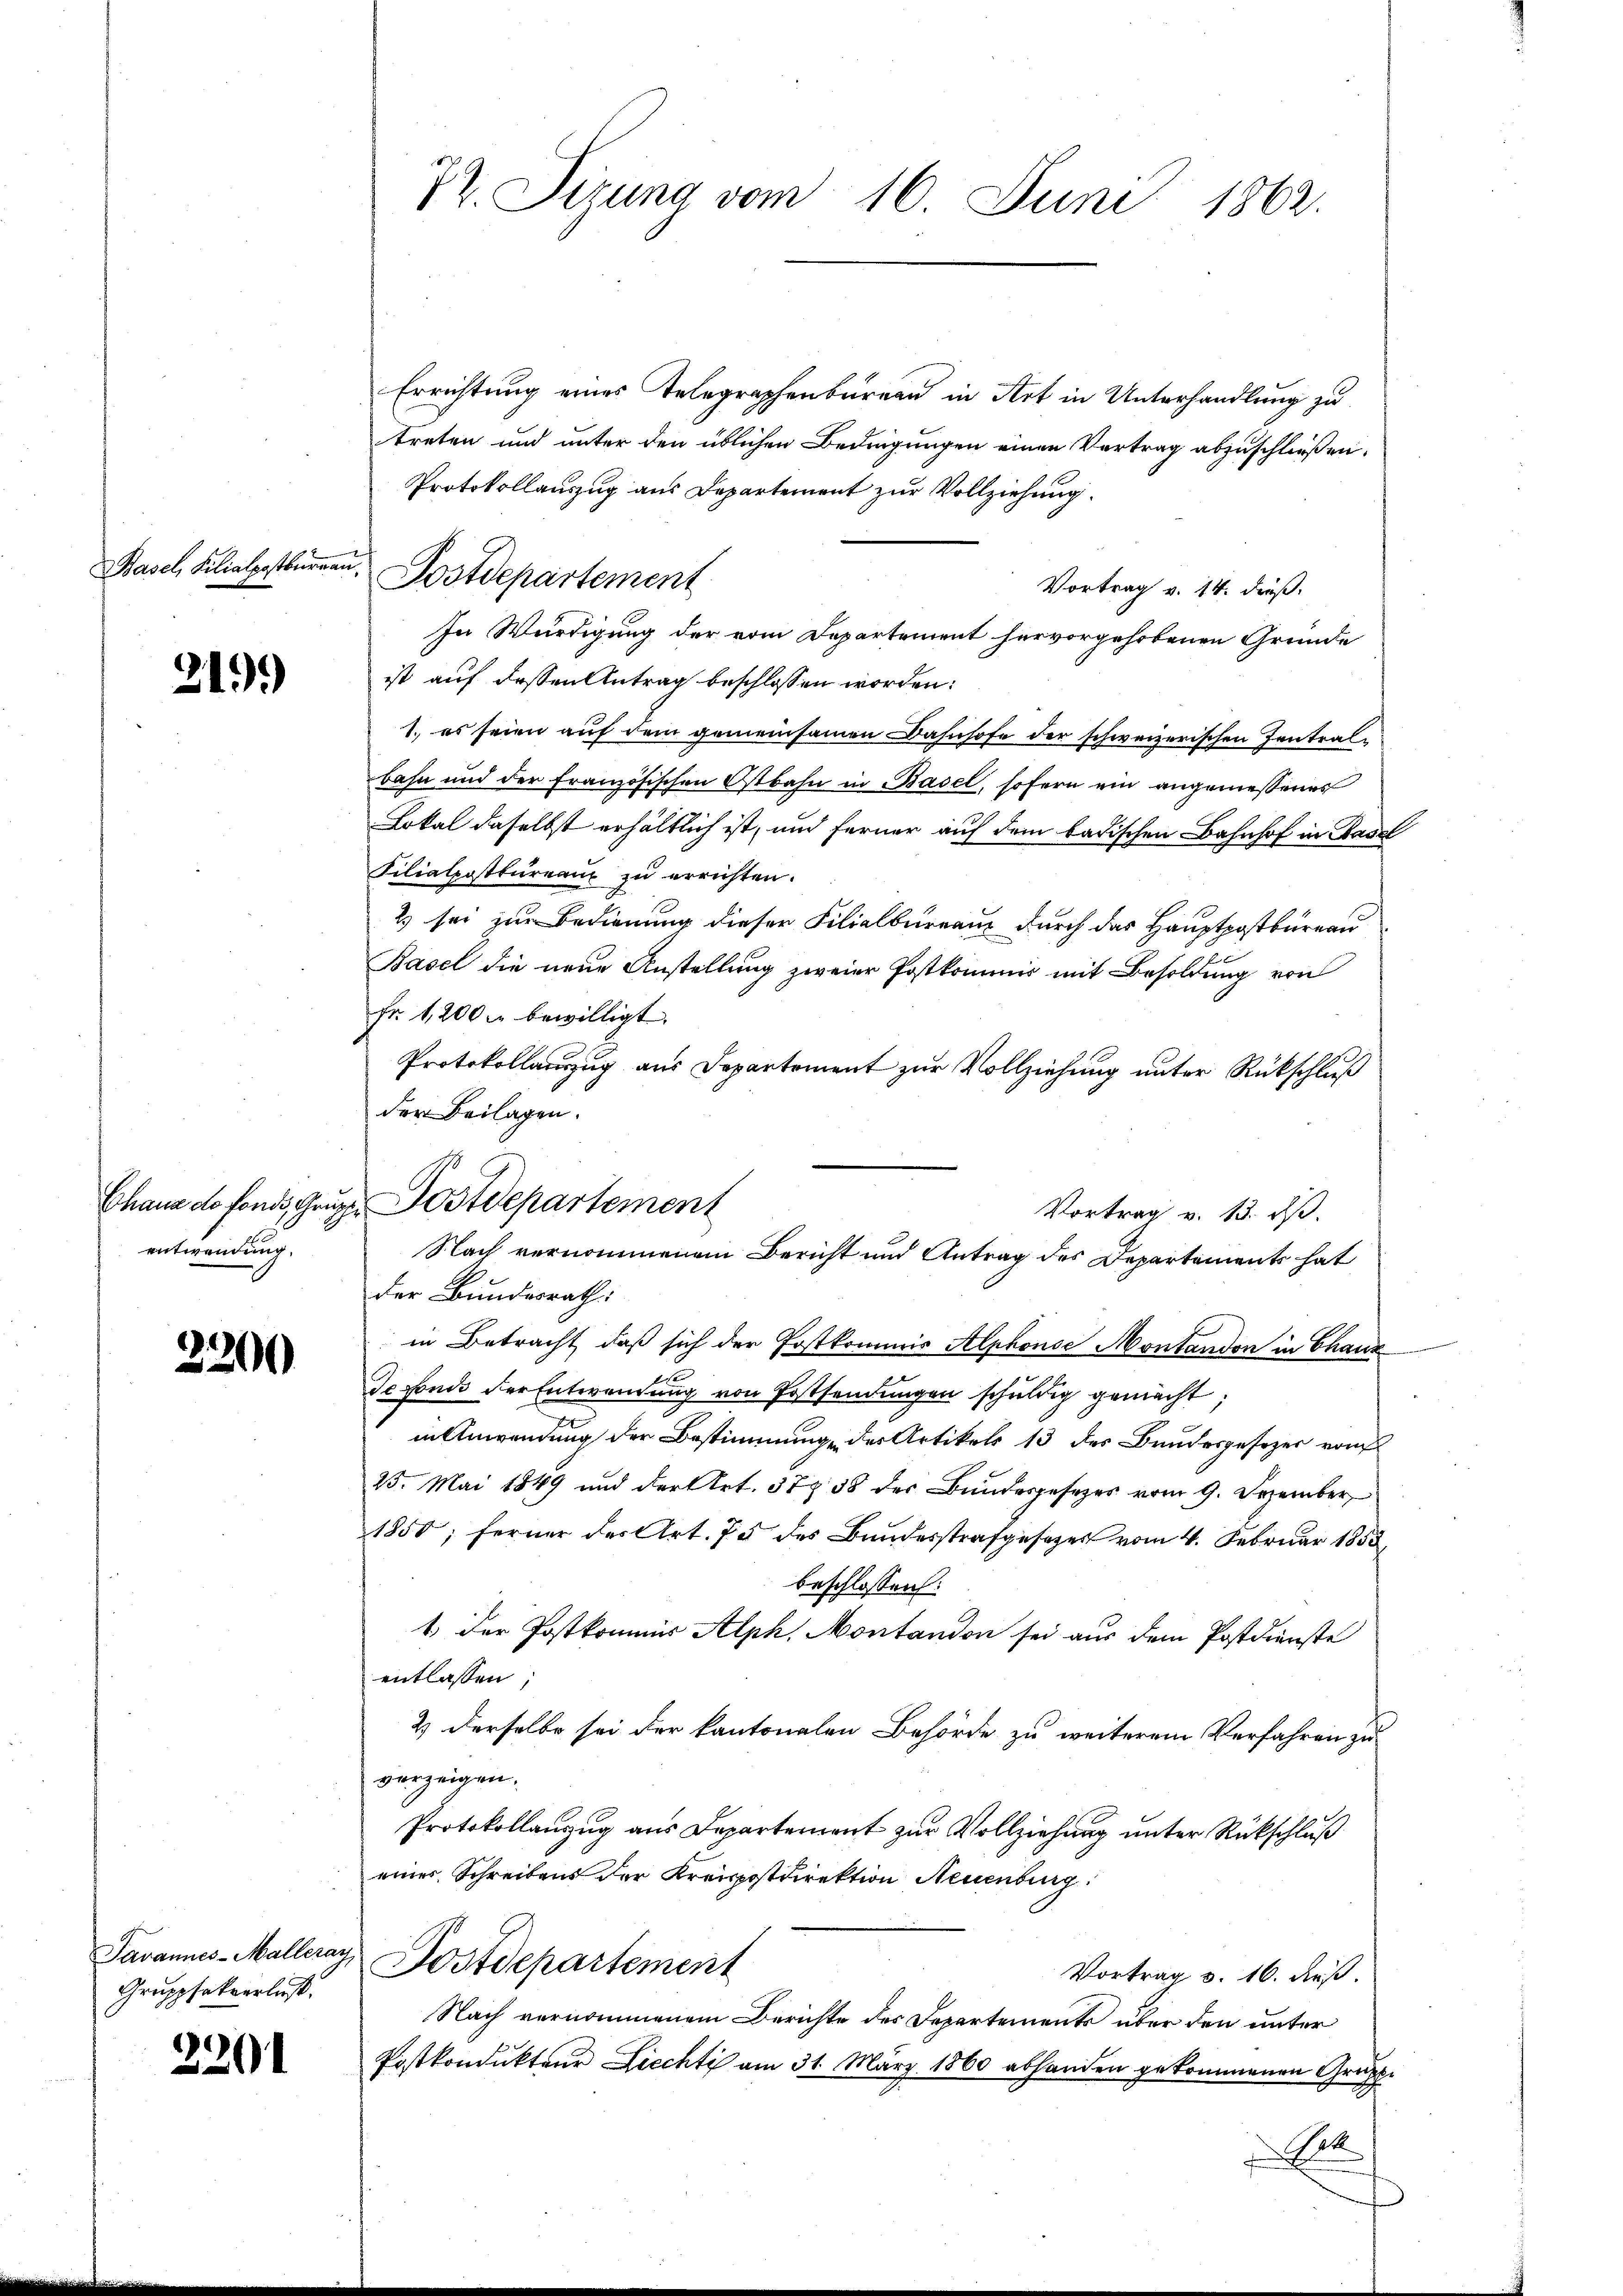
Havel, Kuratgestennen.

219.)

Chaus de fonds, Grup
entwendung.

3200

Javannes-Malleray,
Gruppfakverlust.

2201

Postdepartement

Dr. Sizung vom 16. Juni 1862.

Errichtung eines Telegraphenbureau in Art in Unterhandlung zu
treten und unter den üblichen Bedingungen einen Vertrag abzuschließen.
Protokollauszug aus Departement zur Vollziehung.
Vortrag v. 14. dieß.
In Würdigung der vom Departement hervorgehobenen Gründe
ist auf dessen Antrag beschlossen worden:
1. es seien auf dem gemeinsamen Bahnhofe der schweizerischen Zentralbahn und der französischen Ostbahn in Basel, sofern ein angemessenes
Lokal daselbst erhältlich ist, und ferner auf dem badischen Bahnhof in Basel
Filialpostbureau zu errichten.
2 sei zur Bedienung dieser Filialbureauz durch das Hauptpostbureau
Basel die neue Anstellung zweier Postkommis mit Besoldung von
Fr. 1,200 f bewilligt.
Protokollauzug aus Departement zur Vollziehung unter Rückschluß
der Beilagen.
der Bundesrath:
in Betracht, daß sich der Postkommis Alphonse Montandon in Chanz
u
Tefonis der Entwendung von Postsendungen schuldig gemacht;
in Anwendung der Bestimmung des Artikels 13 des Brudesgesezes vom
25. Mai 1849 und der Art. 378 38 des Bundesgesezes vom 9. Dezember
1850; ferner der Art. 75 des Bundesstrafgesezes vom 4. Februar 1855,
beschlossen:
1. Der Postkommis Alph, Montandon sei aus dem Postdienste
entlassen,
2 derselbe sei der kantonalen Behörde zu weiterem Verfahren zu
verzeigen.
Protokollanzug aus Departement zur Vollziehung unter Rückschluß
einer Schreibens der Kreispostdirektion Neuenburg
Postdepartement
Vortrag v. 16. dieß.
Nach vernommenem Berichte des Departements über den unter
Postkondŭkteur Liechti am 31. März 1860 abhanden gekommenen Gruppe
Ge

Postdepartement
Vortrag v. 13. dβ.
Nach vernommenem Bericht und Antrag des Departements hat